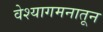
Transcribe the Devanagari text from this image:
वेश्यागमनातून